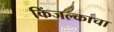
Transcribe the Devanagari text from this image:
किंजल्काचा